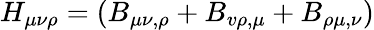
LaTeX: H_{\mu\nu\rho}=(B_{\mu\nu,\rho}+B_{v\rho,\mu}+B_{\rho\mu,\nu})